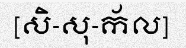
[សិ-សុ-ក័ល]